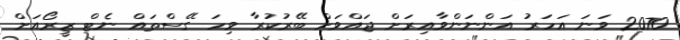
2070 ވަނަ އަހަރު އަންނަންވާއިރަށް ޖައްވަށް ބޭރުކުރާ ވިހަ ގޭސްތައް ނެޓް ޒީރޯއަށް